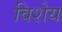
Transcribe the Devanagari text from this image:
विशेय